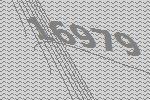
16979